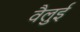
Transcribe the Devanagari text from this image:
वैलुई